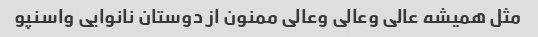
مثل همیشه عالی وعالی وعالی ممنون از دوستان نانوایی واسنپو